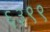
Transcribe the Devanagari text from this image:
६३९९